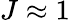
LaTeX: J\approx 1